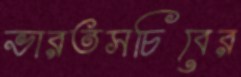
ভারতসচিবের